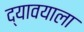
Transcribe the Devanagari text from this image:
द्यावयाला